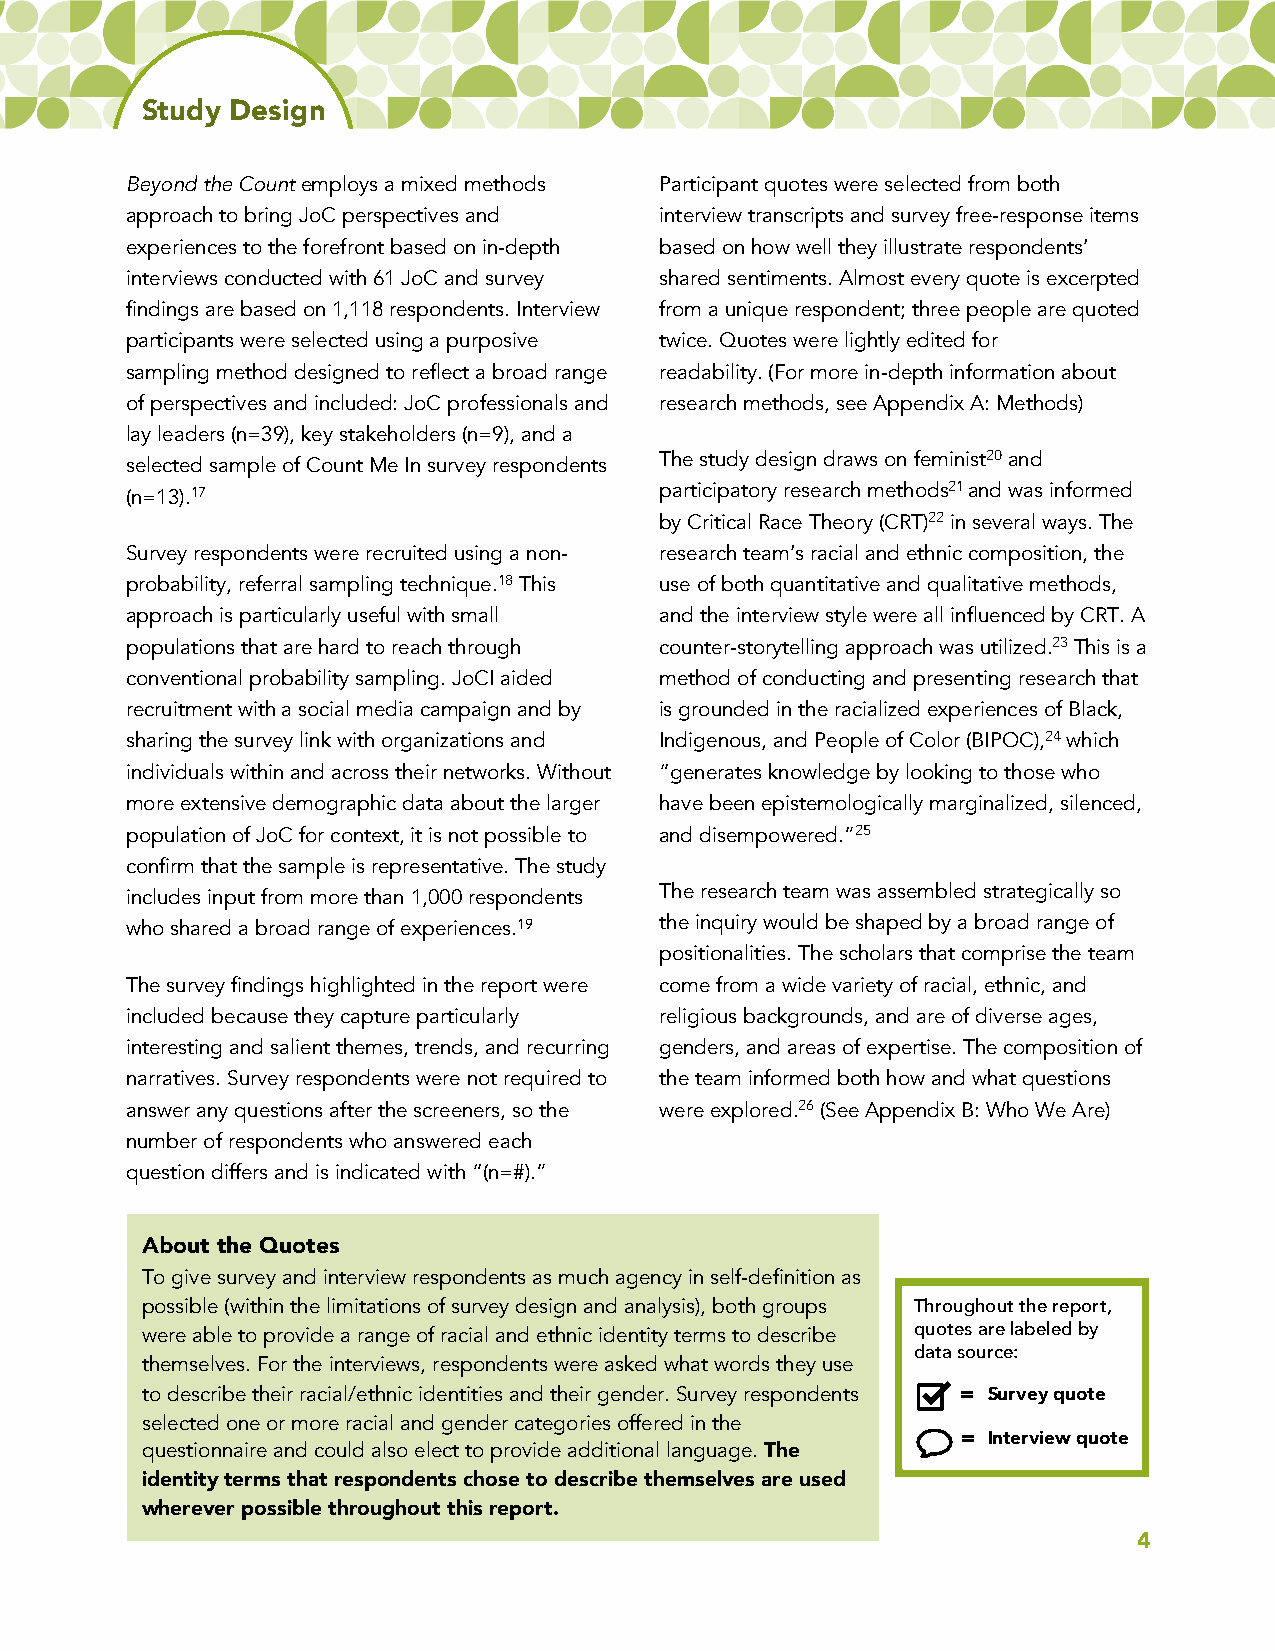
Study Design
 Beyond the Count employs a mixed methods Participant quotes were selected from both
 approach to bring JoC perspectives and interview transcripts and survey free-response items
 experiences to the forefront based on in-depth based on how well they illustrate respondents’
 interviews conducted with 61 JoC and survey shared sentiments. Almost every quote is excerpted
 findings are based on 1,118 respondents. Interview from a unique respondent; three people are quoted
 participants were selected using a purposive twice. Quotes were lightly edited for
 sampling method designed to reflect a broad range readability.(For more in-depth information about
 of perspectives and included: JoC professionals and research methods, see Appendix A: Methods)
 lay leaders (n=39), key stakeholders (n=9), and a
 selected sample of Count Me In survey respondents The study design draws on feminist20and
 (n=13).17                           participatory research methods21 and was informed
 by Critical Race Theory (CRT)22in several ways. The
 Survey respondents were recruited using a non- research team’s racial and ethnic composition, the
 probability, referral sampling technique.18This use of both quantitative and qualitative methods,
 approach is particularly useful with small and the interview style were all influenced by CRT. A
 populations that are hard to reach through counter-storytelling approach was utilized.23This is a
 conventional probability sampling. JoCI aided method of conducting and presenting research that
 recruitment with a social media campaign and by is grounded in the racialized experiences of Black,
 sharing the survey link with organizations and Indigenous, and People of Color (BIPOC),24which
 individuals within and across their networks. Without “generates knowledge by looking to those who
 more extensive demographic data about the larger have been epistemologically marginalized, silenced,
 population of JoC for context, it is not possible to and disempowered.”25
 confirm that the sample is representative. The study
 The research team was assembled strategically so
 includes input from more than 1,000 respondents
 who shared a broad range of experiences.19 the inquiry would be shaped by a broad range of
 positionalities. The scholars that comprise the team
 The survey findings highlighted in the report were come from a wide variety of racial, ethnic, and
 included because they capture particularly religious backgrounds, and are of diverse ages,
 interesting and salient themes, trends, and recurring genders, and areas of expertise. The composition of
 narratives. Survey respondents were not required to the team informed both how and what questions
 answer any questions after the screeners, so the were explored.26(See Appendix B: Who We Are)
 number of respondents who answered each
 question differs and is indicated with “(n=#).”
 About the Quotes
 To give survey and interview respondents as much agency in self-definition as
 possible (within the limitations of survey design and analysis), both groups Throughout the report,
 were able to provide a range of racial and ethnic identity terms to describe quotes are labeled by
 data source:
 themselves. For the interviews, respondents were asked what words they use
 to describe their racial/ethnic identities and their gender. Survey respondents = Survey quote
 selected one or more racial and gender categories offered in the
 = Interview quote
 questionnaire and could also elect to provide additional language. The
 identity terms that respondents chose to describe themselves are used
 wherever possible throughout this report.
 4